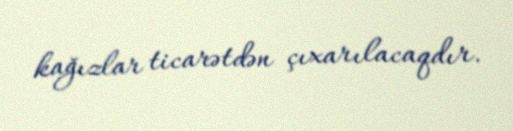
kağızlar ticarətdən çıxarılacaqdır.